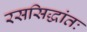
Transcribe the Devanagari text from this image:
रससिद्धांतः